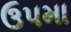
ઉપમા